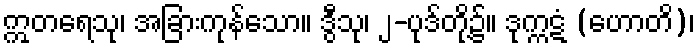
ဣတရေသု၊ အခြားကုန်သော။ ဒွီသု၊ ၂-ပုဒ်တို့၌။ ဒုက္ကဋံ (ဟောတိ)၊